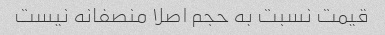
قیمت نسبت به حجم اصلا منصفانه نیست